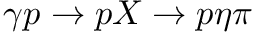
\gamma p \rightarrow p X \rightarrow p \eta \pi